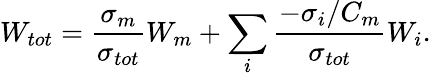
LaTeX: W_{tot}=\frac{\sigma_{m}}{\sigma_{tot}}W_{m}+\sum_{i}{\frac{-\sigma_{i}/C_{m}}{\sigma_{tot}}W_{i}}.